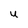
Character: U